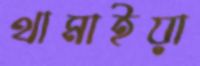
থামাইয়া